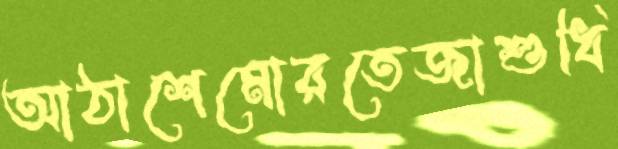
আঠাশেমোরতেজাশুধি